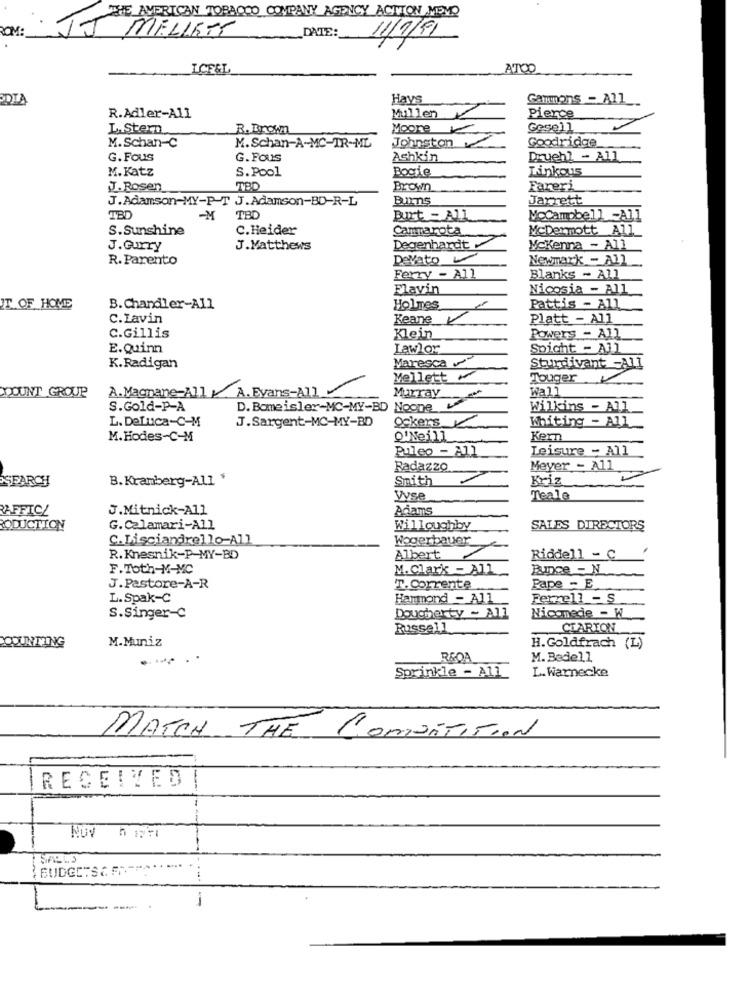
THE AMERICAN TOBACCO COMPANY AGENCY ACTION MEMO
ROM:
I MELLETT
DATE:
11/1/91
ICEEL
ATOO
BDIA
Hays
Gammons -_ All_
R.Adler-All
Mullen
Pierce
L. Stern
R. Brown
Moore
Gesell
Johnston
Goodridge
M. Schan-C
M.Schan-A-MC-TR-ML
G. Fous
G. Fous
Ashkin
Druehl - All
M. Katz
S.Pool
Bogie
Linkous
J. Rosen
LTBD
Brown
Fareri
J.Adamson-MY-P-T J.Adamson-BD-R-L
Burns
Jarrett
TB
-M
TBD
Burt - All
MoCampbell -All
S.Sunshine
C.Heider
Cammarota
McDermott All
J.Gurry
J. Matthews
Degenhardt
Mckenna - All
R. Parento
Devato
Newmark - All
Ferry - All
Blanks - All
Flavin
Nicosia - All
IT OF HOME
B. Chandler-All
Holmes
Pattis - All
C.Lavin
Keane
Platt - All
C.Gillis
Klein
Powers - All
E.Quinn
Lawlor
Spicht - All
Maresca
K.Radigan
Sturdivant -All
Mellett
Touger
A.Magnane-All A.Evans-All
Murray
Wall
MOUNT GROUP
S.Gold-P-A
D. Bomeisler-MC-MY-BD Noone
Wilkins - All
L. DeLuca-C-M
J.Sargent-MC-MY-BD
Ockers /
Whiting - All
M. Hodes-C-M
Q'Neill
Kern
Puleo - All
Leisure - All
Radazzo
Meyer - All
SEARCH
B.Kramberg-All $
Smith
Kriz
Vyse
Teale
RAFFICZ
J.Mitnick-All
Adams
RODUCTION
G. Calamari-All
Willoughby
SALES DIRECTORS
C. Lisciandrello-All
Wogerbauer
R.Knesnik-P-MY-BD
Albert
Riddell - C
F.Toth-M-MC
M.Clark - All
Bunce - N
J.Pastore-A-R
T. Corrente
Pape - E
L. Spak-C
Hammond - All
Ferrell - S
Nicomede - W
S.Singer-C
Dougherty - All
Russell
CLARION
M.Muniz
COUNTING
H. Goldfrach (L)
RSOA
M. Bedell
L. Warnecke
Sprinkle - All
MATCH THE CombiTITION
RECEIVED
---
NOV h IN-
[ SALLS
BUDGETSAF-